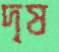
দৃষ